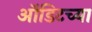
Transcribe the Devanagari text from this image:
ऑडिटच्या